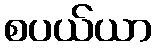
စပယ်ယာ